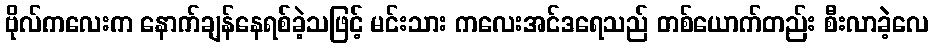
ဗိုလ်ကလေးက နောက်ချန်နေရစ်ခဲ့သဖြင့် မင်းသား ကလေးအင်ဒရေသည် တစ်ယောက်တည်း စီးလာခဲ့လေ